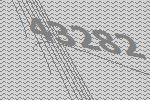
43282